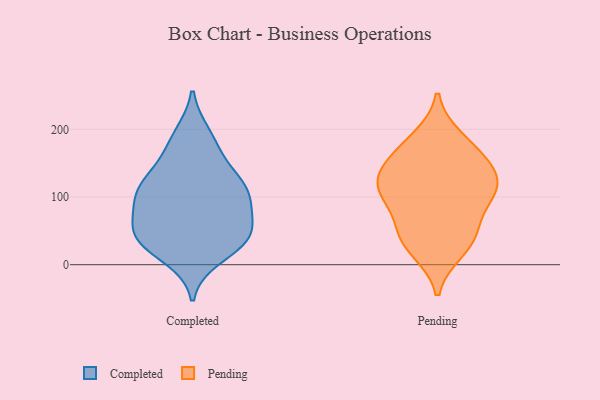
{"axis": {"x": "Population (Million)", "y": "Value"}, "legend": ["Completed", "Pending"], "data": [{"x": "", "y": 45, "type": "Completed"}, {"x": "", "y": 26, "type": "Completed"}, {"x": "", "y": 114, "type": "Completed"}, {"x": "", "y": 47, "type": "Completed"}, {"x": "", "y": 102, "type": "Completed"}, {"x": "", "y": 42, "type": "Completed"}, {"x": "", "y": 49, "type": "Completed"}, {"x": "", "y": 156, "type": "Completed"}, {"x": "", "y": 99, "type": "Completed"}, {"x": "", "y": 183, "type": "Completed"}, {"x": "", "y": 11, "type": "Completed"}, {"x": "", "y": 65, "type": "Completed"}, {"x": "", "y": 94, "type": "Completed"}, {"x": "", "y": 126, "type": "Completed"}, {"x": "", "y": 35, "type": "Completed"}, {"x": "", "y": 98, "type": "Completed"}, {"x": "", "y": 192, "type": "Completed"}, {"x": "", "y": 129, "type": "Completed"}, {"x": "", "y": 153, "type": "Pending"}, {"x": "", "y": 172, "type": "Pending"}, {"x": "", "y": 104, "type": "Pending"}, {"x": "", "y": 106, "type": "Pending"}, {"x": "", "y": 46, "type": "Pending"}, {"x": "", "y": 186, "type": "Pending"}, {"x": "", "y": 34, "type": "Pending"}, {"x": "", "y": 111, "type": "Pending"}, {"x": "", "y": 130, "type": "Pending"}, {"x": "", "y": 22, "type": "Pending"}, {"x": "", "y": 108, "type": "Pending"}, {"x": "", "y": 57, "type": "Pending"}, {"x": "", "y": 143, "type": "Pending"}]}